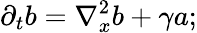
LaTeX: \partial_{t}b=\nabla_{x}^{2}b+\gamma a;